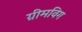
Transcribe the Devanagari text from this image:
ग्रीमविग